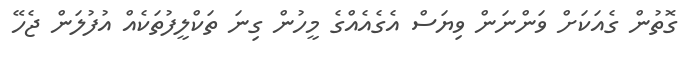
ގޮތުން ގެއަކަށް ވަންނަން ވިޔަސް އެގެއެއްގެ މީހުން ގިނަ ތަކްލީފުތަކެއް އުފުލަން ޖެހޭ